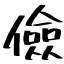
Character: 儉